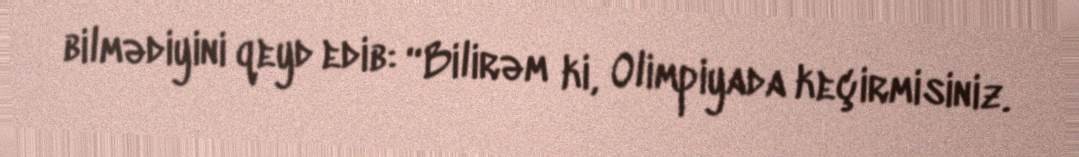
bilmədiyini qeyd edib: “Bilirəm ki, Olimpiyada keçirmisiniz.